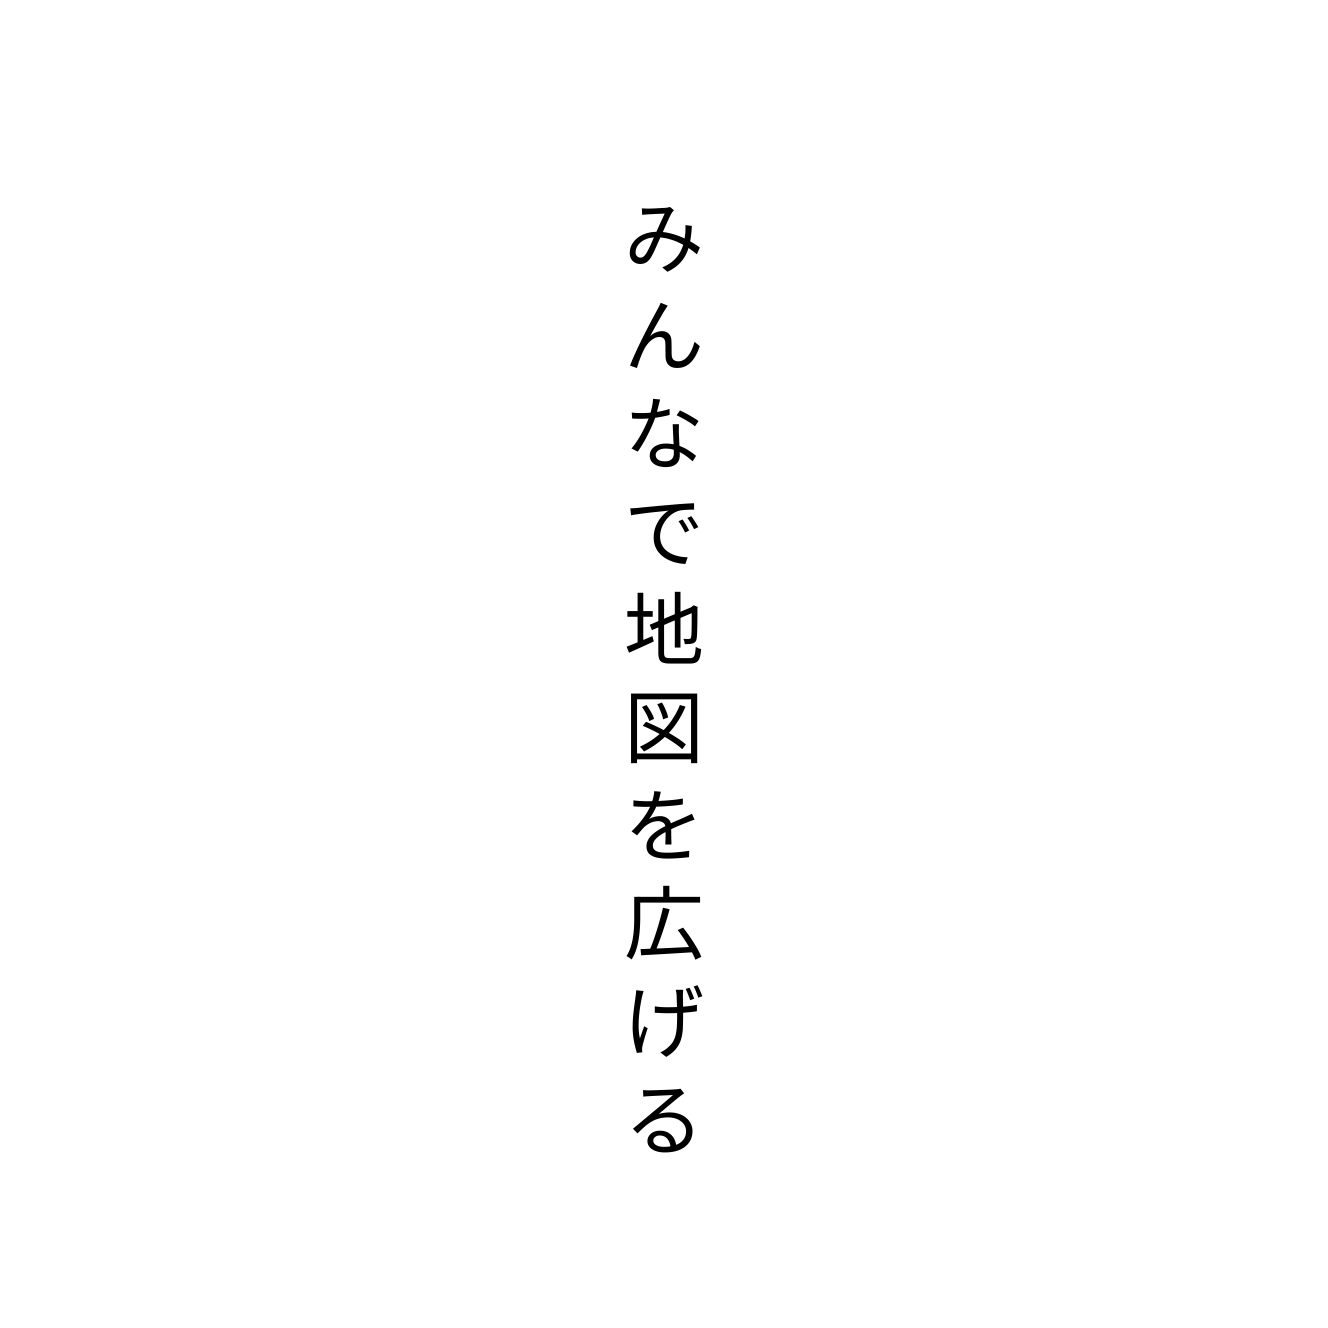
みんなで地図を広げる